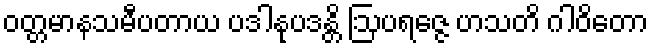
ဝတ္တမာနသမီပတာယ ပဒါနုပဒန္တိ ဩပရဇ္ဇေ ဟသတိ ဂါဝိတော